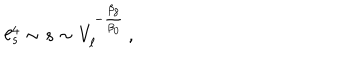
LaTeX: \ell _ { s } ^ { 4 } \sim s \sim V _ { \ell } ^ { - { \frac { \beta _ { 8 } } { \beta _ { 0 } } } } \, ,